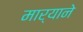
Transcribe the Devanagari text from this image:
मार्‍याने